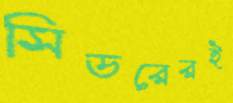
সিডরেরই